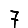
Digit: 7